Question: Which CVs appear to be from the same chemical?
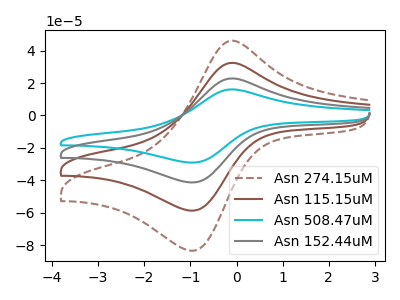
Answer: <think>The brown dashed curve "Asn 274.15uM" has an anodic peak at (-0.10V, 68.45uA) and a cathodic peak at (-0.90V, -123.70uA). The brown curve "Asn 115.15uM" has an anodic peak at (-0.10V, 45.65uA) and a cathodic peak at (-0.90V, -82.45uA). The cyan curve "Asn 508.47uM" has an anodic peak at (-0.10V, 16.05uA) and a cathodic peak at (-0.90V, -29.05uA). The gray curve "Asn 152.44uM" has an anodic peak at (-0.10V, 22.80uA) and a cathodic peak at (-0.90V, -41.25uA).
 All the peaks in "Asn 274.15uM" have a peak in "Asn 115.15uM" at the same potential. Every peak in "Asn 274.15uM" is higher than every peak in "Asn 115.15uM". All the peaks in "Asn 274.15uM" have a peak in "Asn 508.47uM" at the same potential. Every peak in "Asn 274.15uM" is higher than every peak in "Asn 508.47uM". All the peaks in "Asn 274.15uM" have a peak in "Asn 152.44uM" at the same potential. Every peak in "Asn 274.15uM" is higher than every peak in "Asn 152.44uM". All the peaks in "Asn 115.15uM" have a peak in "Asn 508.47uM" at the same potential. Every peak in "Asn 115.15uM" is higher than every peak in "Asn 508.47uM". All the peaks in "Asn 115.15uM" have a peak in "Asn 152.44uM" at the same potential. Every peak in "Asn 115.15uM" is higher than every peak in "Asn 152.44uM". All the peaks in "Asn 508.47uM" have a peak in "Asn 152.44uM" at the same potential. Every peak in "Asn 508.47uM" is lower than every peak in "Asn 152.44uM".</think>
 <answer>"Asn 508.47uM", "Asn 274.15uM", "Asn 115.15uM" and "Asn 152.44uM" have the same shape and are likely CV's of the same chemical.</answer>
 <eval>"Asn 508.47uM" "Asn 274.15uM" "Asn 115.15uM" "Asn 152.44uM"</eval>